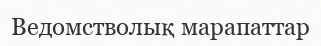
Ведомстволық марапаттар